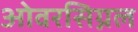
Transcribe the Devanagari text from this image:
ओवरसिग्नल